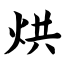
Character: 烘